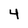
Character: 4